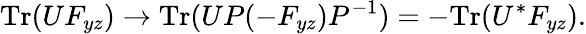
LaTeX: \mathrm{Tr}(UF_{yz})\rightarrow\mathrm{Tr}(UP(-F_{yz})P^{-1})=-\mathrm{Tr}(U^{*}F_{yz}).